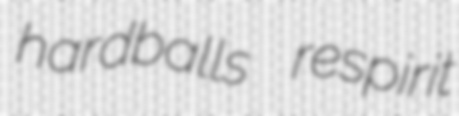
hardballs respirit